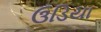
ઉડિયા